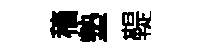
穡墊鞮